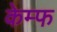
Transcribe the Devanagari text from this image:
केम्फ